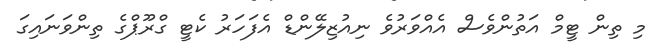
މި ތިން ޓީމް އަތުންވެސް އެއްވަރުވެ ނިއުޒިލޭންޑް އެފަހަރު ކެޓީ ގްރޫޕްގެ ތިންވަނައިގަ